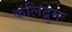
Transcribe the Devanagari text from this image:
कलिद्रुमः